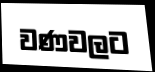
වණවලට